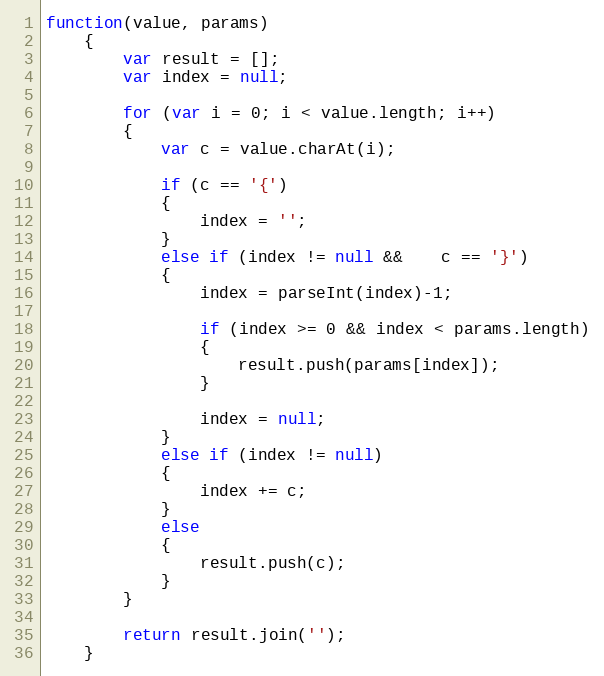
Language: JavaScript
function(value, params)
	{
		var result = [];
		var index = null;

		for (var i = 0; i < value.length; i++)
		{
			var c = value.charAt(i);

			if (c == '{')
			{
				index = '';
			}
			else if (index != null && 	c == '}')
			{
				index = parseInt(index)-1;

				if (index >= 0 && index < params.length)
				{
					result.push(params[index]);
				}

				index = null;
			}
			else if (index != null)
			{
				index += c;
			}
			else
			{
				result.push(c);
			}
		}

		return result.join('');
	}